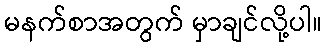
မနက်စာအတွက် မှာချင်လို့ပါ။